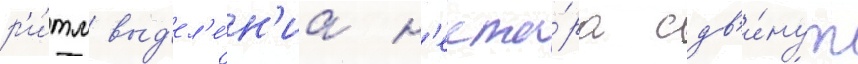
р'и́тм выд'ел'е́н'иа н'екта́ра сдв'и́нут